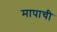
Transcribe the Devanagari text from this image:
मापाची